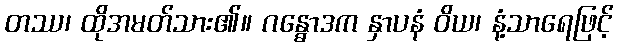
တဿ၊ ထိုအမတ်သား၏။ ဂန္ဓောဒက နှာပနံ ဝိယ၊ နံ့သာရေဖြင့်